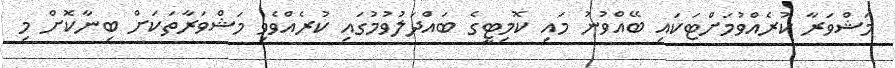
މަޝްވަރާ ކުރެއްވުމަށްޓަކައި ބޭއްވުނު މައި ކޮމިޓީގެ ބައްދަލުވުމުގައި ކުރެއްވެވި މަޝްވަރާތަކަށް ބިނާކޮށް މި